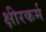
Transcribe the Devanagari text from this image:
क्षीरकर्म